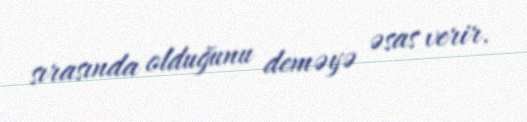
sırasında olduğunu deməyə əsas verir.